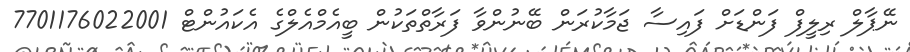
ނޭޕާލް ރިލީފް ފަންޑަށް ފައިސާ ޖަމާކުރަން ބޭނުންވާ ފަރާތްތަކުން ބީއެމްއެލްގެ އެކައުންޓް 7701176022001